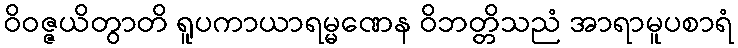
ဝိဝဇ္ဇယိတွာတိ ရူပကာယာရမ္မဏေန ဝိဘတ္တိသညံ အာရာမူပစာရံ